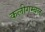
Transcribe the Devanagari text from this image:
कलीगम्बल